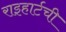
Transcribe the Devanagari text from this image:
राइहार्टची